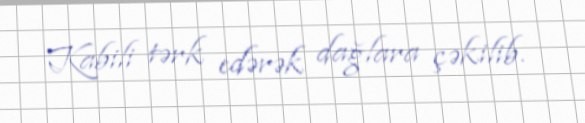
Kabili tərk edərək dağlara çəkilib.